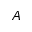
A